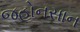
જહોનસાન